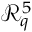
\mathcal { R } _ { q } ^ { 5 }